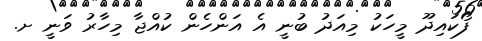
ފޯކައިދޫ މީހަކު މިއަދު ބުނީ އެ އަންހެން ކުއްޖާ މިހާރު ވަނީ ށ.